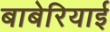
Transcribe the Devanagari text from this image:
बाबेरियाई